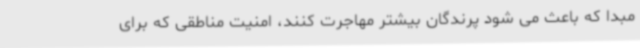
مبدا که باعث می شود پرندگان بیشتر مهاجرت کنند، امنیت مناطقی که برای